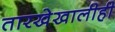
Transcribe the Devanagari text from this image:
तारखेखालीही